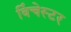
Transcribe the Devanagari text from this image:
विंचेस्‍टर